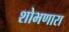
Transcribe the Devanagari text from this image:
शोभणारा